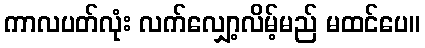
ကာလပတ်လုံး လက်လျှော့လိမ့်မည် မထင်ပေ။